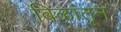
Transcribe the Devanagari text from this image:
बिळांतून